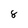
Character: 8